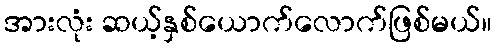
အားလုံး ဆယ့်နှစ်ယောက်လောက်ဖြစ်မယ်။